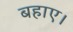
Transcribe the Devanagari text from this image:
बहाए।